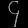
Digit: ၄